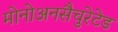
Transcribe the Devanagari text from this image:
मोनोअनसैचुरेटेड